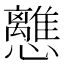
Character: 𢥗